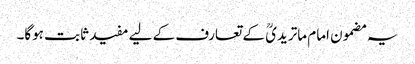
یہ مضمون امام ماتریدیؒ کے تعارف کے لیے مفید ثابت ہوگا۔